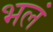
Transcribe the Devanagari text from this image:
भलं